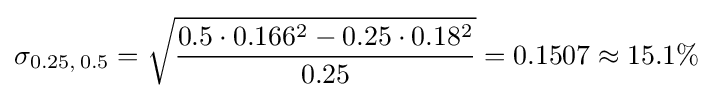
\sigma _{0.25,\,0.5}={\sqrt {\frac {0.5\cdot 0.166^{2}-0.25\cdot 0.18^{2}}{0.25}}}=0.1507\approx 15.1\%